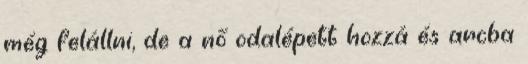
még felállni, de a nő odalépett hozzá és arcba